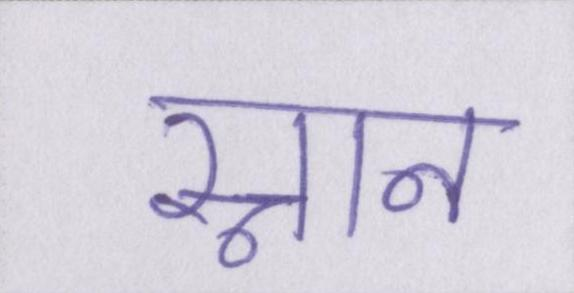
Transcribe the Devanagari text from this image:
स्नान